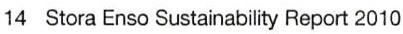
14  Stora Enso Sustainability Report 2010